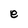
Character: e